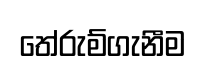
තේරුම්ගැනීම